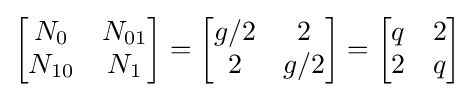
{\begin{bmatrix}{\begin{matrix}N_{0}&N_{01}\\N_{10}&N_{1}\end{matrix}}\end{bmatrix}}={\begin{bmatrix}{\begin{matrix}g/2&2\\2&g/2\end{matrix}}\end{bmatrix}}={\begin{bmatrix}{\begin{matrix}q&2\\2&q\end{matrix}}\end{bmatrix}}